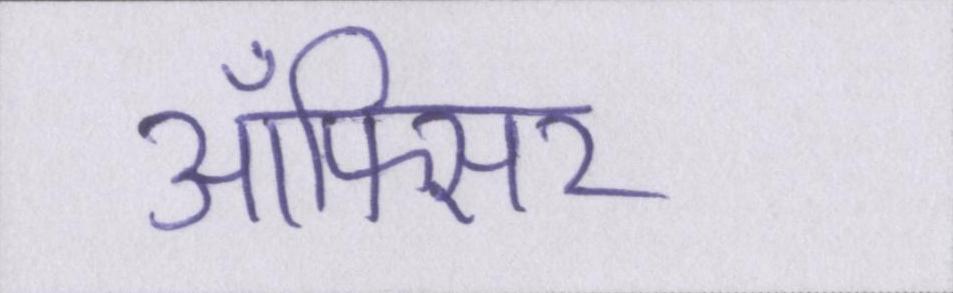
ऑफिसर